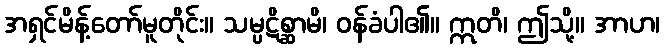
အရှင်မိန့်တော်မူတိုင်း။ သမ္ပဋိစ္ဆာမိ၊ ဝန်ခံပါ၏။ ဣတိ၊ ဤသို့။ အာဟ၊